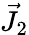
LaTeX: {\vec{J}}_{2}